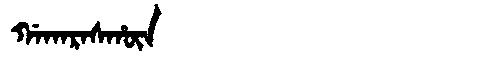
Manchu: ᡤᠠᡴᠠᡵᠠᠰᡥᡡᠨ
Romanization: GAKARASHŪN